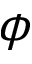
\phi